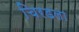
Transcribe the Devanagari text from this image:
चिरडला